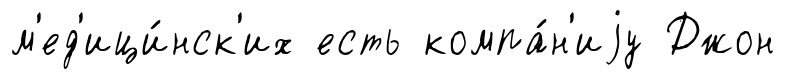
м'ед'ици́нск'их есть компа́н'иjу Джон